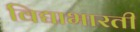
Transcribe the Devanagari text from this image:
विद्याभारती